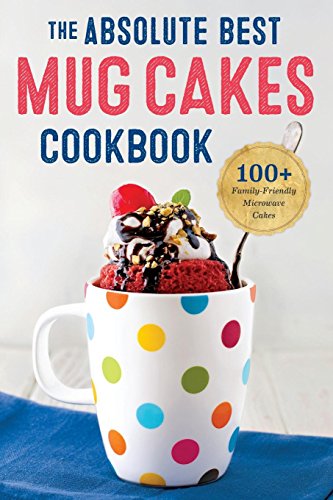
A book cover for Absolute Best Mug Cakes Cookbook: 100 Family-Friendly Microwave Cakes; Rockridge Press; Cookbooks, Food & Wine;